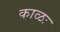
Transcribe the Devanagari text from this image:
काळः